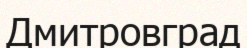
Дмитровград